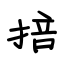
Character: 掊